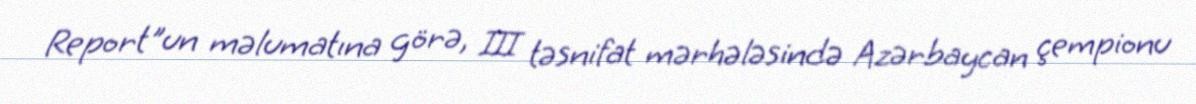
Report"un məlumatına görə, III təsnifat mərhələsində Azərbaycan çempionu